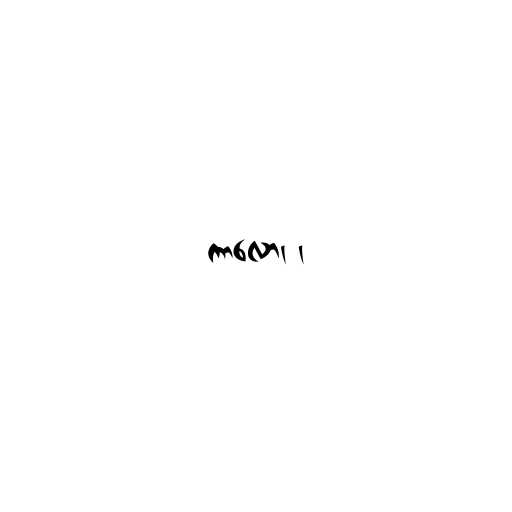
ကာလော၊ ၊